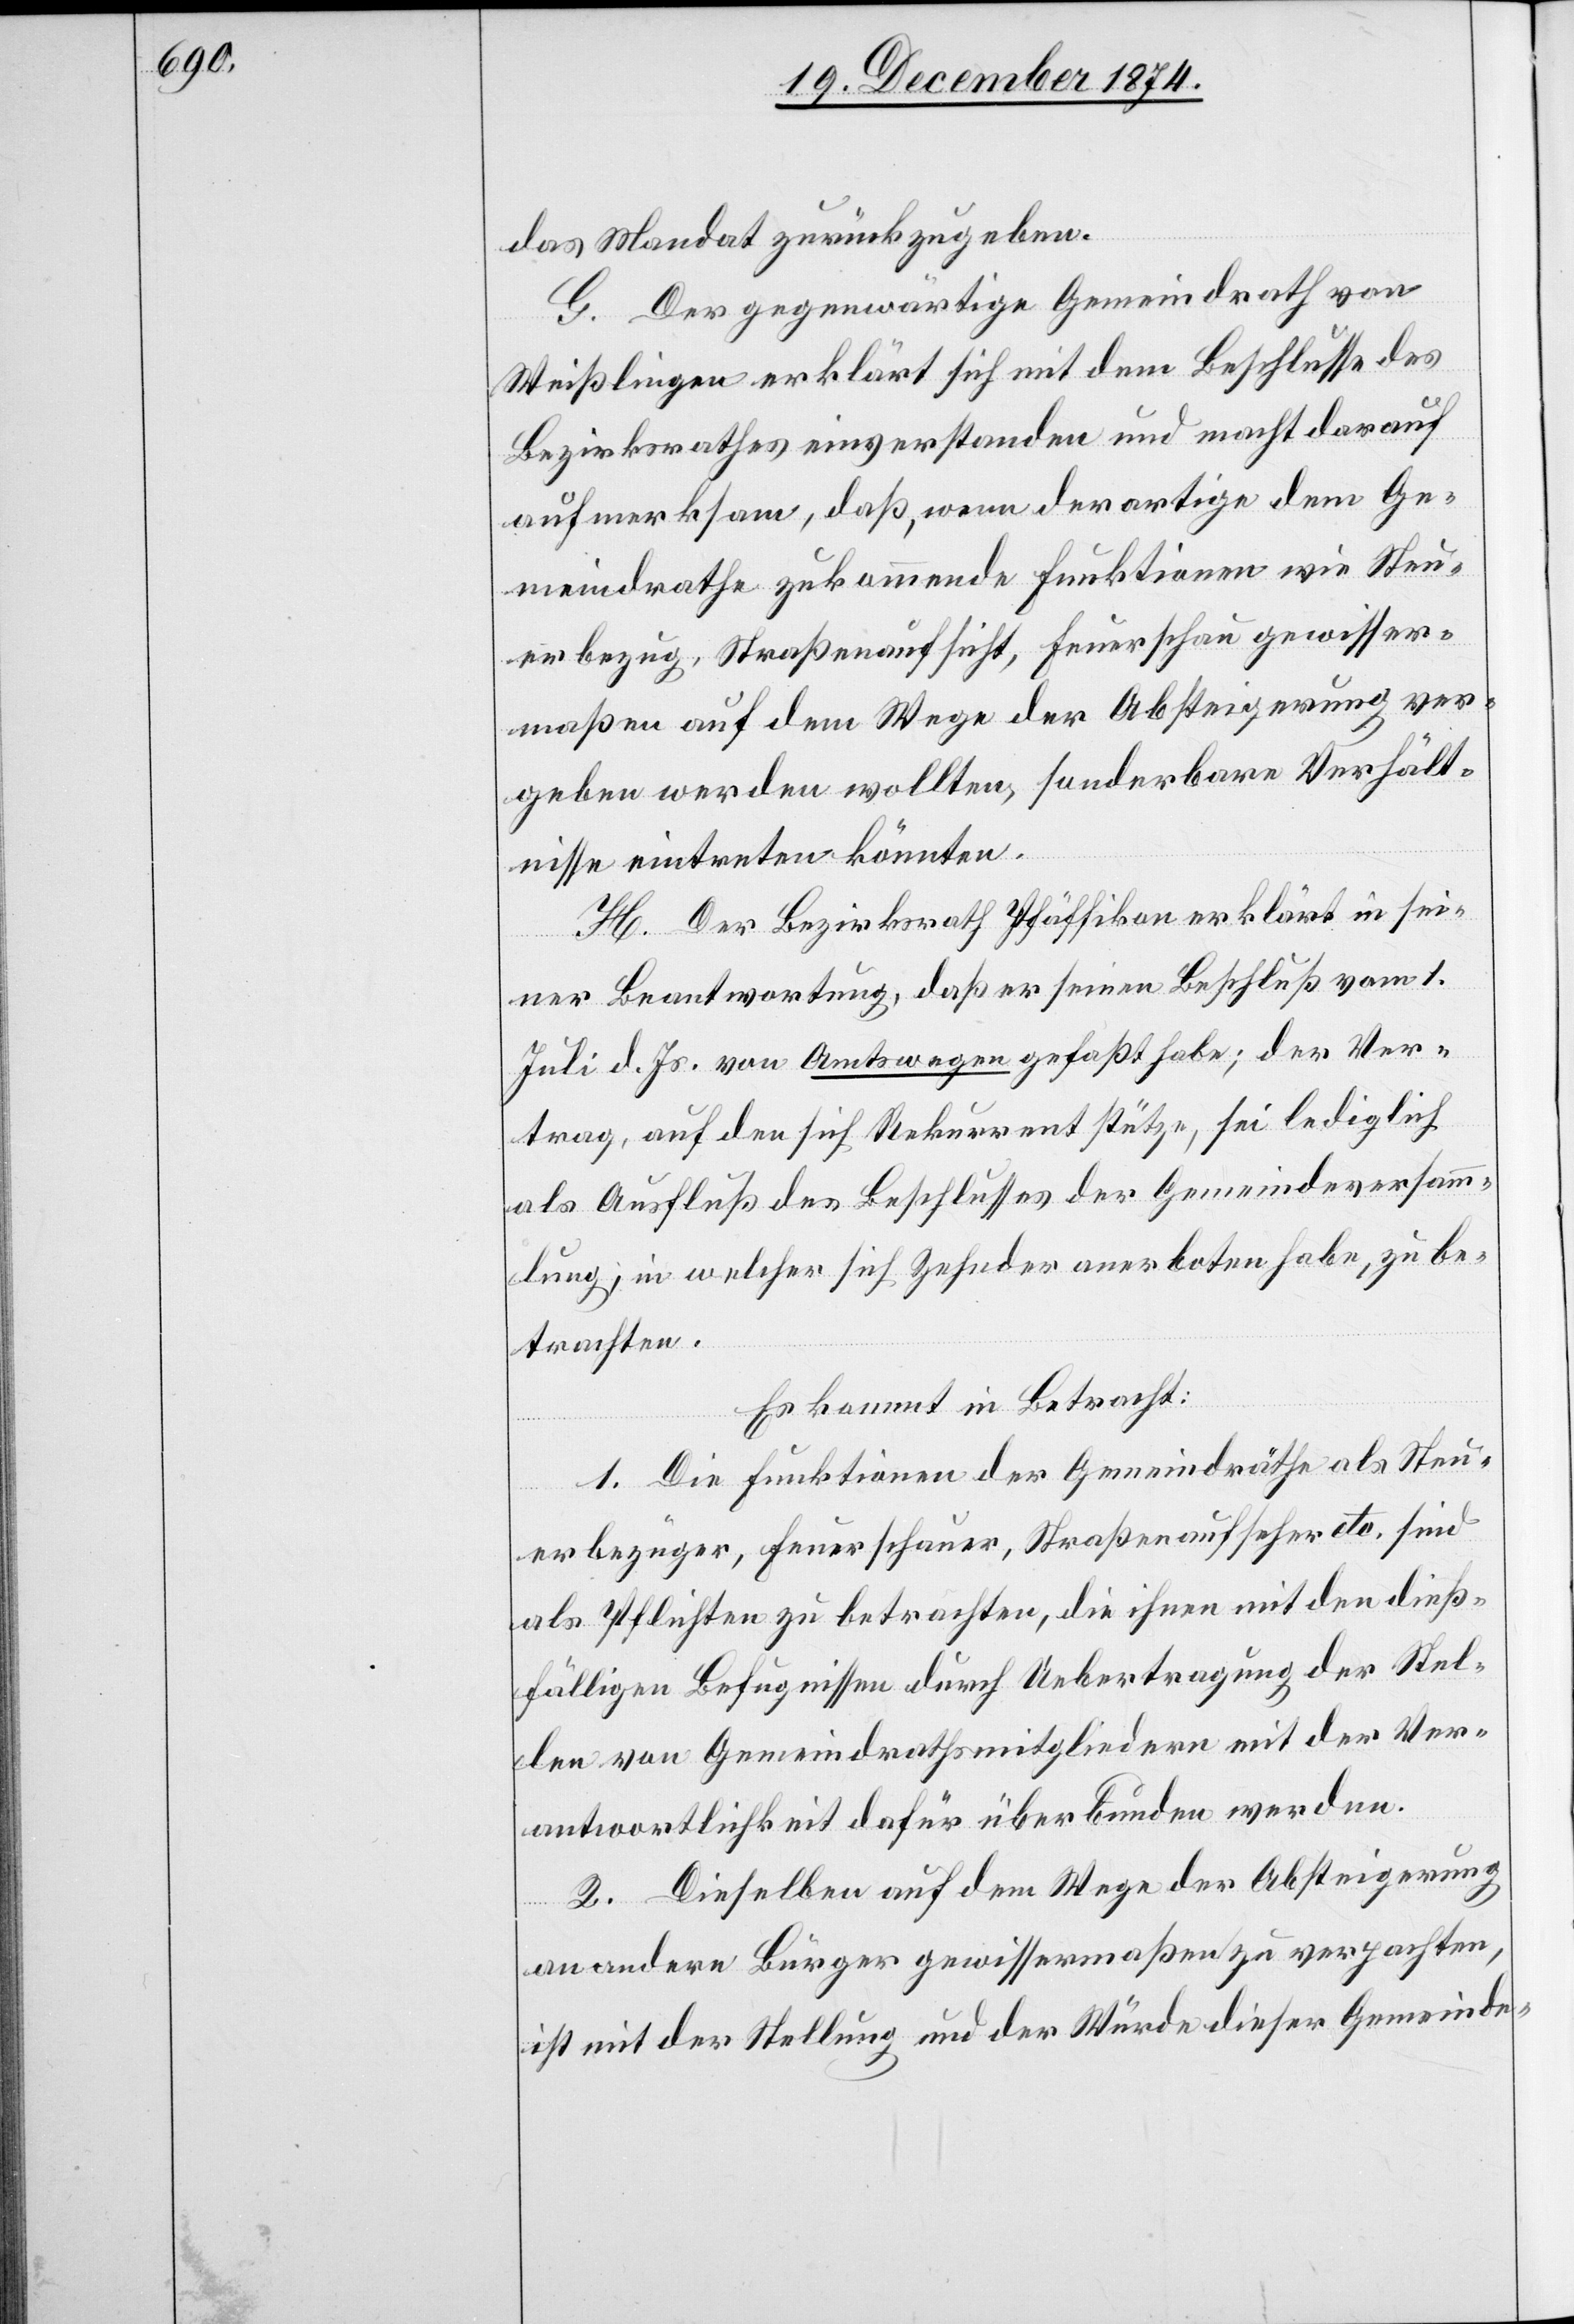
das Mandat zurückzugeben.
G. Der gegenwärtige Gemeindrath von
Weißlingen erklärt sich mit dem Beschlusse des
Bezirksrathes einverstanden und macht darauf
aufmerksam, daß, wenn derartige dem Ge¬
meindrathe zukommende Funktionen wie Steu¬
erbezug, Straßenaufsicht, Feuerschau gewisser¬
maßen auf dem Wege der Absteigerung ver¬
geben werden wollte, sonderbare Verhält¬
nisse eintreten könnten.
H. Der Bezirksrath Pfäffikon erklärt in sei¬
ner Beantwortung, daß er seinen Beschluß vom 1.
Juli d. Js. von Amtswegen gefaßt habe; der Ver¬
trag, auf den sich Rekurrent stützte, sei lediglich
als Ausfluß des Beschlusses der Gemeindeversamm¬
lung, in welcher sich Zehnder anerboten habe, zu be¬
trachten.
Es kommt in Betracht:
1. Die Funktionen der Gemeindräthe als Steu¬
erbezüger, Feuerschauer, Straßenaufseher etc. sind
als Pflichten zu betrachten, die ihnen mit den dieß¬
fälligen Befugnissen durch Uebertragung der Stel¬
len von Gemeindrathsmitgliedern mit der Ver¬
antwortlichkeit dafür überbunden werden.
2. Dieselben auf dem Wege der Absteigerung
an andern Bürger gewissermaßen zu verpachten,
ist mit der Stellung und der Würde dieser Gemeinde-